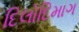
દિલોદિમાગ